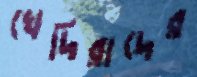
খেদিরাদের